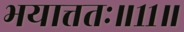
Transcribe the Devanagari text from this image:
भयात्ततः॥११॥